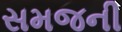
સમજની